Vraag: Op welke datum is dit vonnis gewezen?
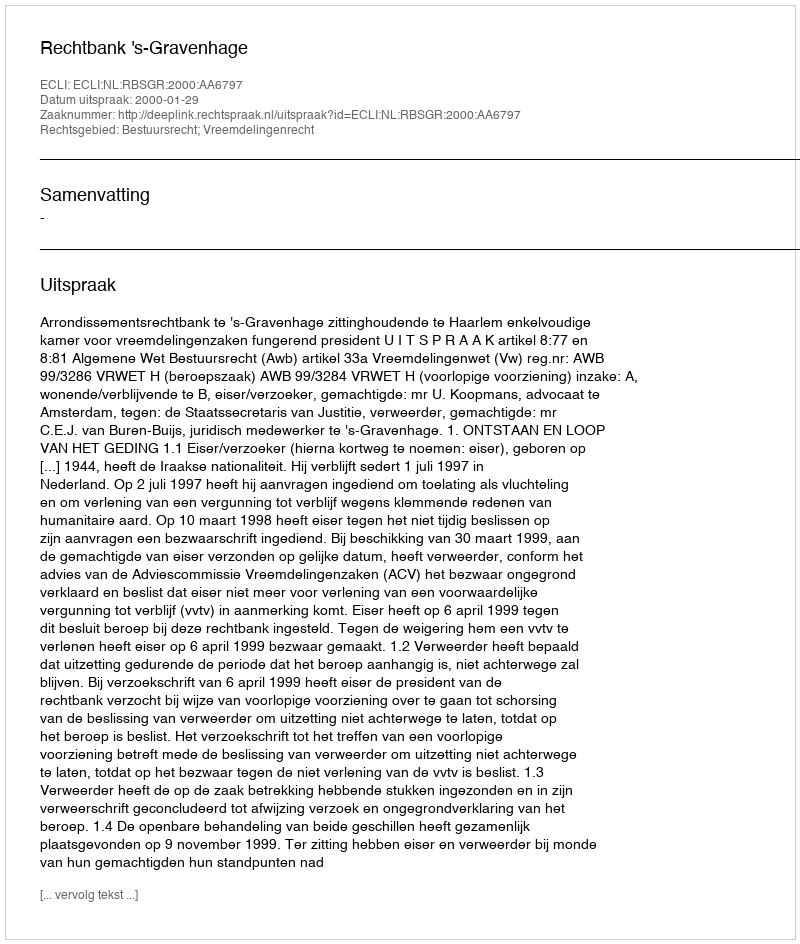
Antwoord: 2000-01-29